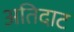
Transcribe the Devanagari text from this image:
अतिदाट